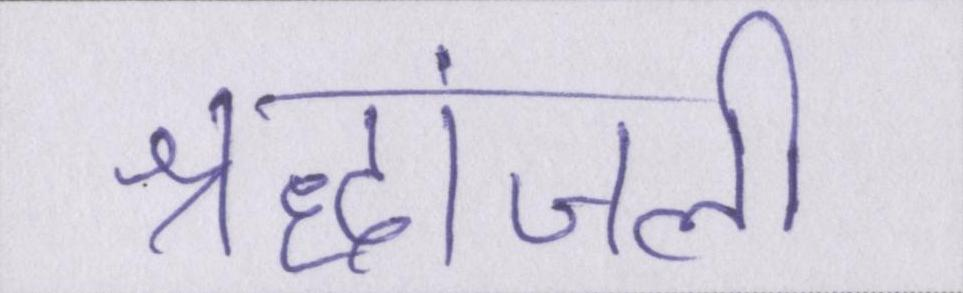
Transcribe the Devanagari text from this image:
श्रद्धांजली